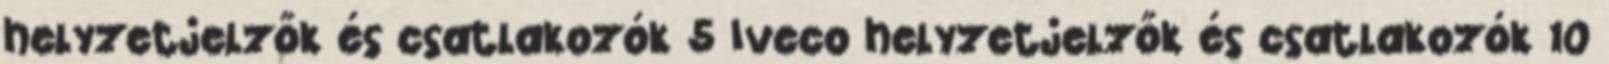
helyzetjelzők és csatlakozók 5 Iveco helyzetjelzők és csatlakozók 10